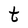
Character: t